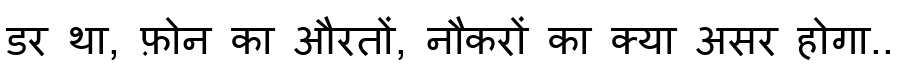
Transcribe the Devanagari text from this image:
डर था, फ़ोन का औरतों, नौकरों का क्या असर होगा..